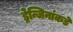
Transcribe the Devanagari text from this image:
ड्रेन्जिनांकडे